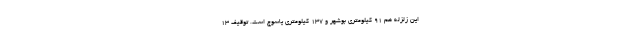
این زلزله هم ۹۱ کیلومتری بوشهر و ۱۳۷ کیلومتری یاسوج است. توقیف 13